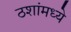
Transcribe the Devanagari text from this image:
ठशांमध्ये